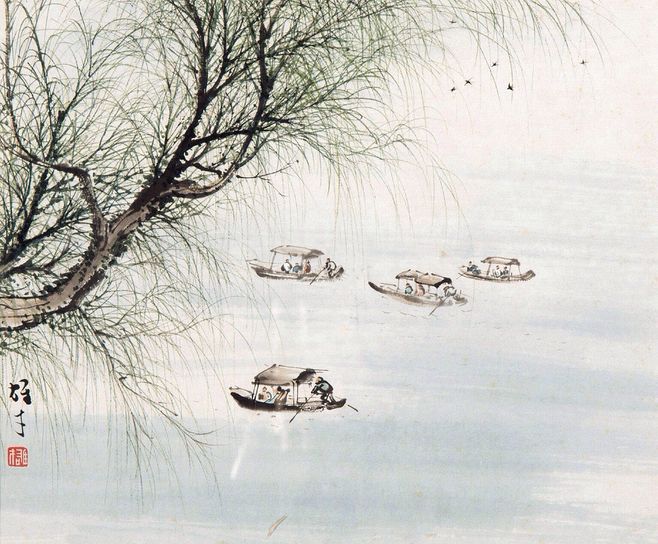
凉月如眉挂柳湾，越中山色镜中看。